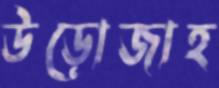
উড়োজাহ